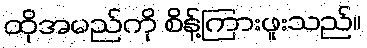
ထိုအမည်ကို စိန့်ကြားဖူးသည်။